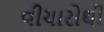
વીચારોથી